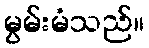
မွမ်းမံသည်။